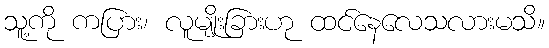
သူ့ကို ကပြား၊ လူမျိုးခြားဟု ထင်နေလေသလားမသိ။